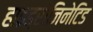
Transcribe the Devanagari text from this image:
हाइड्रोजिनेटिड